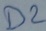
Text: D2